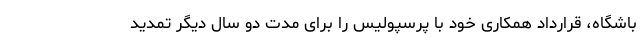
باشگاه، قرارداد همکاری خود با پرسپولیس را برای مدت دو سال دیگر تمدید